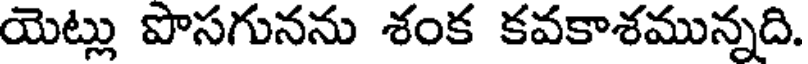
యెట్లు పొసగునను శంక కవకాశమున్నది.